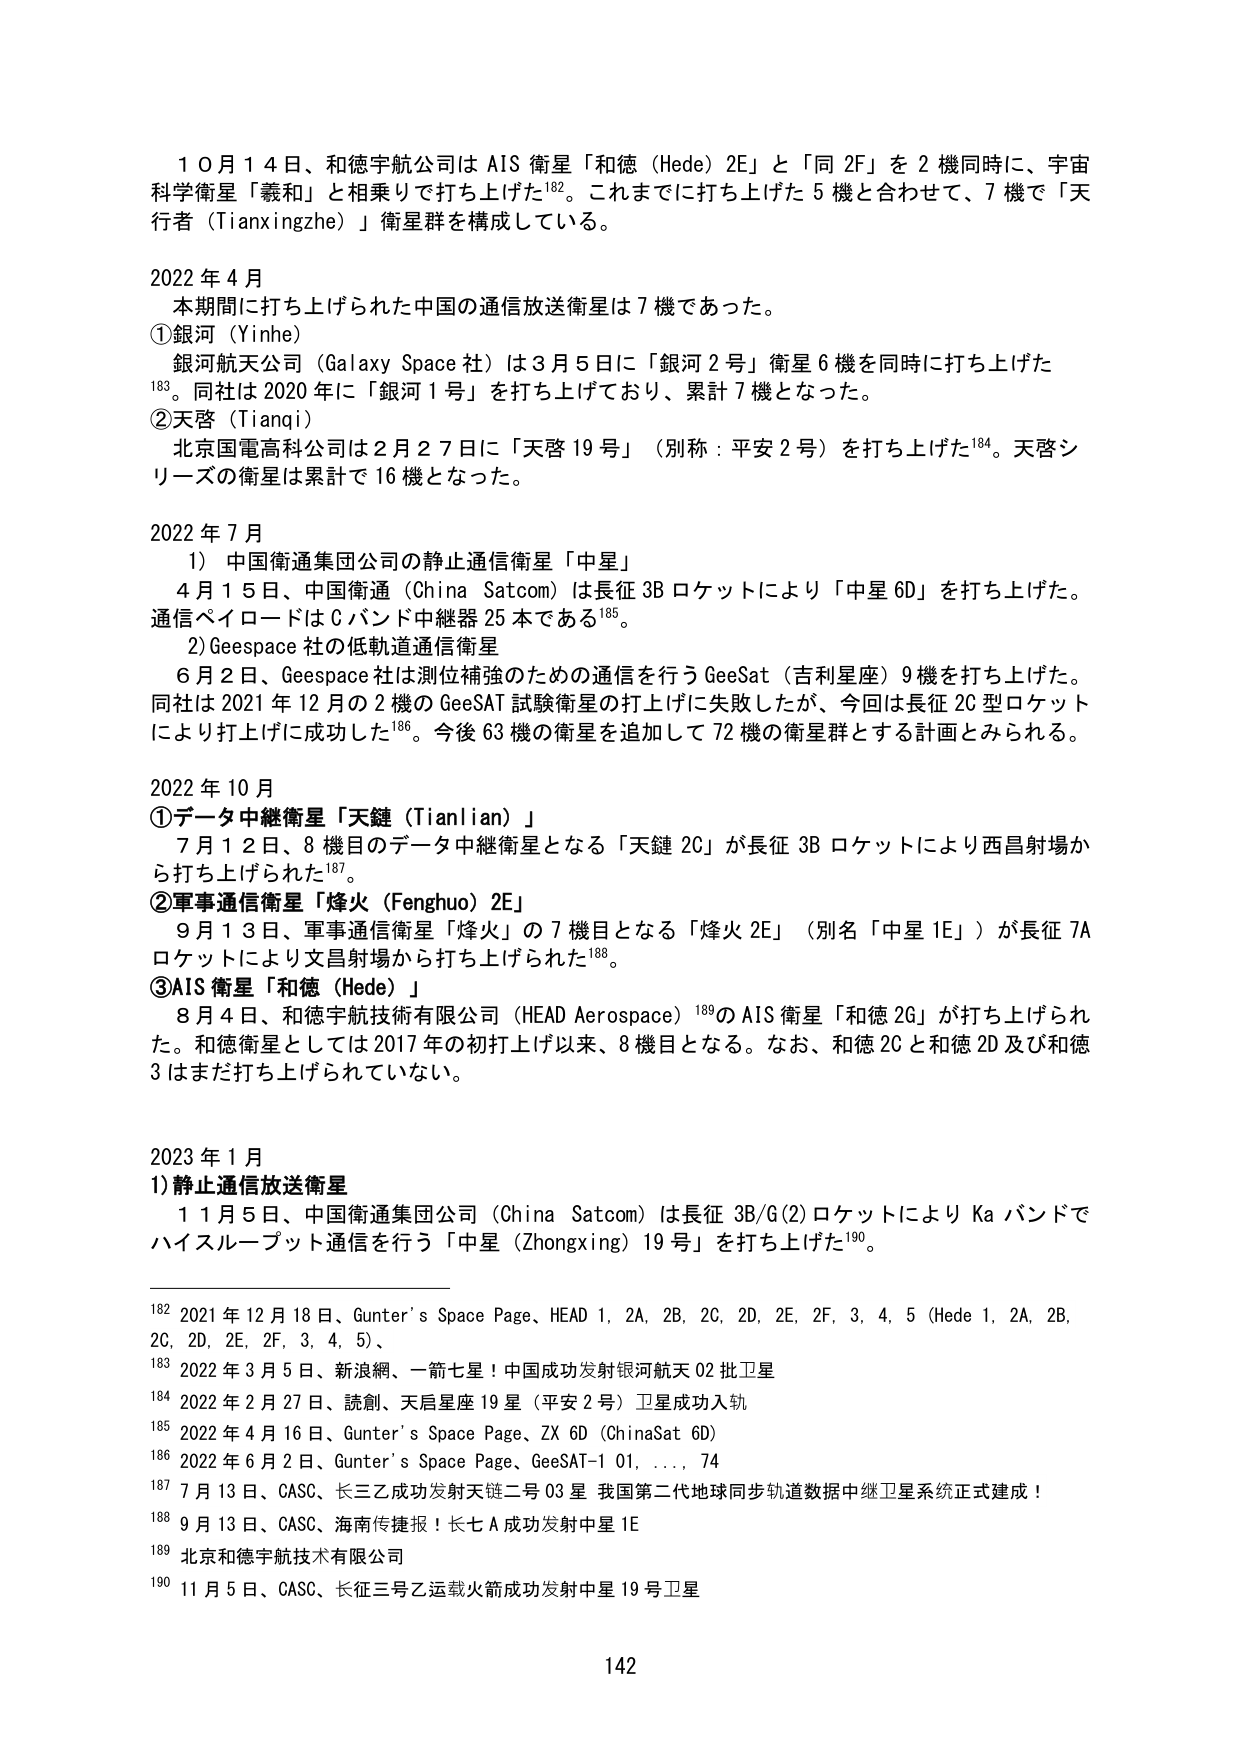
10月14日、和德宇航公司はAIS衛星「和徳（Hede）2E」と「同2F」を2機同時に、宇宙科学衛星「羲和」と相乗りで打ち上げた¹⁸²。これまでに打ち上げた5機と合わせて、7機で「天行者（Tianxingzhe）」衛星群を構成している。

2022年4月
本期間に打ち上げられた中国の通信放送衛星は7機であった。
①銀河（Yinhe）
銀河航天公司（Galaxy Space社）は3月5日に「銀河2号」衛星6機を同時に打ち上げた¹⁸³。同社は2020年に「銀河1号」を打ち上げており、累計7機となった。
②天啓（Tianqi）
北京国電高科公司は2月27日に「天啓19号」（別称：平安2号）を打ち上げた¹⁸⁴。天啓シリーズの衛星は累計で16機となった。

2022年7月
1）中国衛通集団公司の静止通信衛星「中星」
4月15日、中国衛通（China Satcom）は長征3Bロケットにより「中星6D」を打ち上げた。通信ペイロードはCバンド中継器25本である¹⁸⁵。
2）Geespace社の低軌道通信衛星
6月2日、Geespace社は測位補強のための通信を行うGeeSat（吉利星座）9機を打ち上げた。同社は2021年12月の2機のGeeSAT試験衛星の打上げに失敗したが、今回は長征2C型ロケットにより打上げに成功した¹⁸⁶。今後63機の衛星を追加して72機の衛星群とする計画とみられる。

2022年10月
①データ中継衛星「天鏈（Tianlian）」
7月12日、8機目のデータ中継衛星となる「天鏈2C」が長征3Bロケットにより西昌射場から打ち上げられた¹⁸⁷。
②軍事通信衛星「烽火（Fenghuo）2E」
9月13日、軍事通信衛星「烽火」の7機目となる「烽火2E」（別名「中星1E」）が長征7Aロケットにより文昌射場から打ち上げられた¹⁸⁸。
③AIS衛星「和徳（Hede）」
8月4日、和徳宇航技術有限公司（HEAD Aerospace）¹⁸⁹のAIS衛星「和徳2G」が打ち上げられた。和徳衛星としては2017年の初打上げ以来、8機目となる。なお、和徳2Cと和徳2D及び和徳3はまだ打ち上げられていない。

2023年1月
1）静止通信放送衛星
1月5日、中国衛通集団公司（China Satcom）は長征3B/G(2)ロケットによりKaバンドでハイスループット通信を行う「中星（Zhongxing）19号」を打ち上げた¹⁹⁰。

¹⁸² 2021年12月18日、Gunter's Space Page、HEAD 1, 2A, 2B, 2C, 2D, 2E, 2F, 3, 4, 5（Hede 1, 2A, 2B, 2C, 2D, 2E, 2F, 3, 4, 5）、
¹⁸³ 2022年3月5日、新浪網、一箭七星！中国成功发射银河航天02批卫星
¹⁸⁴ 2022年2月27日、読売、天启星座19星（平安2号）卫星成功入轨
¹⁸⁵ 2022年4月16日、Gunter's Space Page、ZX 6D（ChinaSat 6D）
¹⁸⁶ 2022年6月2日、Gunter's Space Page、GeeSAT-1 01,..., 74
¹⁸⁷ 7月13日、CASC、长三乙成功发射天链二号03星 我国第二代地球同步轨道数据中继卫星系统正式建成！
¹⁸⁸ 9月13日、CASC、海南传捷报！长七A成功发射中星1E
¹⁸⁹ 北京和德宇航技术有限公司
¹⁹⁰ 11月5日、CASC、长征三号乙运载火箭成功发射中星19号卫星

142